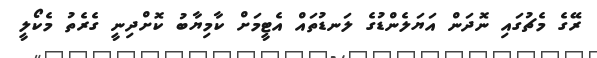
ރޭގެ މެޗުގައި ނޮދަން އަޔަލެންޑުގެ ލަނޑުތައް އެޓީމަށް ކާމިޔާބު ކޮށްދިނީ ގެރެތު މެކޯލީ